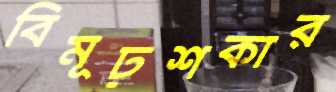
বিমূঢ়শকার